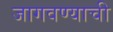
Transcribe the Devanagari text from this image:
जागवण्याची